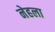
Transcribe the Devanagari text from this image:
नेहला